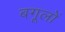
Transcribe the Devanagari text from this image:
बगूलों